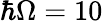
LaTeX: \hbar\Omega=10